Report on vaccination in Madras 1895-1903 - 1895-1903
Year: 1895
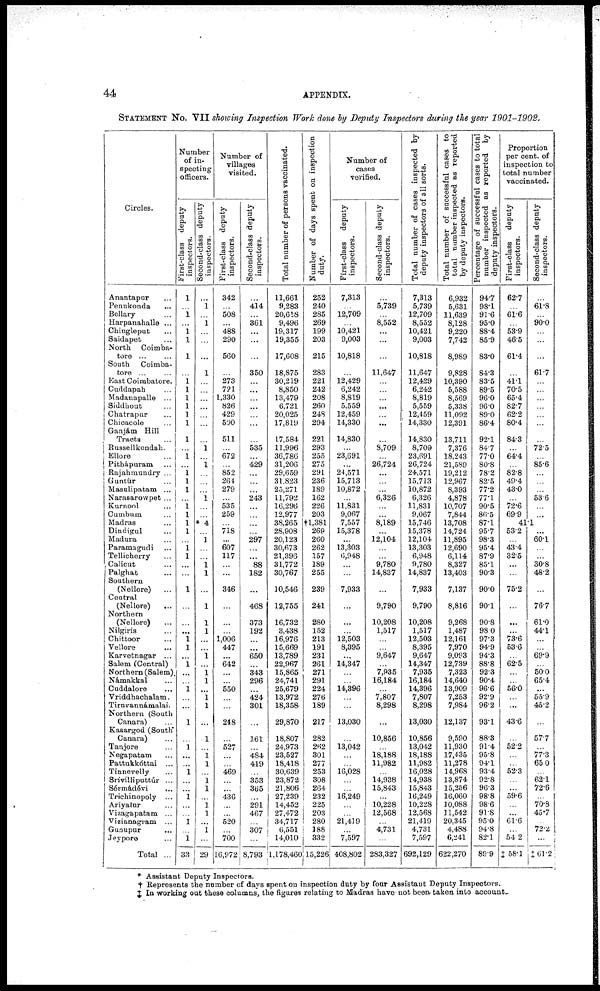
44
APPENDIX.
STATEMENT No. VII showing Inspection Work done by Deputy Inspectors during the year 1901-1902.
Circles.
Anantapur ...
Penukonda ...
Bellary ...
Harpanahalle ...
Chingleput ...
Saidapet ...
North Coimba¬
tore ... ...
South Coimba¬
tore ...
East Coimbatore.
Cuddapah ...
Madanapalle ...
Siddhout ...
Chatrapur ...
Chicacole ...
Ganjám Hill
Tracts ...
Russellkondah.
Ellore ...
Pithápuram ...
Rajahmundry ...
Guntúr ...
Masulipatam ...
Narasarowpet ...
Kurnool ...
Cumbum ...
Madras ...
Dindigul ...
Madura ...
Paramagudi ...
Tellicherry ...
Calicut ...
Palghat ...
Southern
(Nellore)
...
Central
(Nellore)
...
Northern
(Nellore) ...
Nilgiris ...
Chittoor ...
Vellore ...
Karvetnagar ...
Salem (Central)
Northern (Salem).
Námakkal ...
Cuddalore ...
Vriddhachalam.
Tiruvannámalai.
Northern (South
Canara) ...
Kasargod (South
Canara) ...
Tanjore ...
Negapatam ...
Pattukkóttai ...
Tinnevelly ...
Srívilliputtúr ...
Sérmádévi ...
Trichinopoly ...
Ariyalur ...
Vizagapatam ...
Vizianagram ...
Gunupur ...
Jeypore ...
Total ...
Number
of in-
specting
officers.
First-class deputy
inspectors.
1
...
1
...
1
1
1
...
1
1
1
1
1
1
1
...
1
...
1
1
1
...
1
1
1
1
...
1
1
...
...
1
...
...
...
1
1
...
1
...
...
1
...
...
1
...
1
...
...
1
...
...
1
...
...
1
...
1
33
Second-class deputy
inspectors.
...
1
...
1
...
...
...
1
...
...
...
...
...
...
...
1
...
1
...
...
...
1
...
...
* 4
...
1
...
...
1 1
...
1
1
1
...
...
1
...
1 1
...
1
1
...
1
...
1
1
...
1
1
...
1
1
...
1
...
29
Number of
villages
visited.
First-class deputy
inspectors.
342
...
508
...
488
290
560
...
273
721
1,330
826
429
500
511
...
672
...
852
264
279
...
535
259
...
718
...
607
117
...
...
346
...
...
...
1,006
447
...
642
...
...
550
...
...
248
...
527
...
...
469
...
...
436
...
...
520
...
700
16,972
Second-class deputy
inspectors.
...
414
...
361
...
...
...
350
...
...
...
...
...
...
...
535
...
429
...
...
...
243
...
...
...
...
297
...
...
88
182
...
468
373
192
...
...
650
...
343
296
...
424
301
...
161
...
484
419
...
353
365
...
291
467
...
307
...
8,793
Total number of persons vaccinated.
11,661
9,283
20,618
9,496
19,317
19,355
17,608
18,875
30,219
8,850
13,479
6,721
20,025
17,819
17,584
11,996
36,786
31,206
29,659
31,823
25,271
11,792
16,296
12,977
38,265
28,908
20,123
30,673
21,396
31,772
30,767
10,546
12,755
16,732
3,438
16,976
15,669
13,789
22,967
15,865
24,741
25,679
13,972
18,358
29,870
18,807
24,973
23,527
18,418
30,639
23,872
21,806
27,239
14,452
27,472
34,717
6,551
14,010
1,178,460
Number of days spent on inspection
duty.
252
240
285
269
199
203
215
283
221
242
208
260
248
294
221
293
255
275
291
236
189
162
226
203
†1,381
269
260
262
157
189
255
239
241
280
152
213
191
231
261
271
291
224
276
189
217
282
262
301
277
253
308
264
232
225
203
280
188
332
15,226
Number of
cases
verified.
First-class deputy
inspectors.
7,313
...
12,709
...
10,421
9,003
10,818
...
12,429
6,242
8,819
5,559
12,459
14,330
14,830
...
23,691
...
24,571
15,713
10,872
...
11,831
9,067
7,557
15,378
...
13,303
6,948
...
...
7,933
...
...
...
12,503
8,395
...
14,347
...
...
14,396
...
...
13,030
...
13,042
...
...
16,028
...
...
16,249
...
...
21,419
...
7,597
408,802
Second-class deputy
inspectors.
...
5,739
...
8,552
...
...
...
11,647
...
...
...
...
...
...
...
8,709
...
26,724
...
...
...
6,326
...
...
8,189
...
12,104
...
...
9,780
14,837
...
9,790
10,208
1,517
...
...
9,647
...
7,935
16,184
...
7,807
8,298
...
10,856
...
18,188
11,982
...
14,938
15,843
...
10,228
12,568
...
4,731
...
283,327
Total number of cases inspected by
deputy inspectors of all sorts.
7,313
5,739
12,709
8,552
10,421
9,003
10,818
11,647
12,429
6,242
8,819
5,559
12,459
14,330
14,830
8,709
23,691
26,724
24,571
15,713
10,872
6,326
11,831
9,067
15,746
15,378
12,104
13,303
6,948
9,780
14,837
7,933
9,790
10,208
1,517
12,503
8,395
9,647
14,347
7,935
16,184
14,396
7,807
8,298
13,030
10,856
13,042
18,188
11,982
16,028
14,938
15,843
16,249
10,228
12,568
21,419
4,731
7,597
692,129
Total number of successful cases to
total number inspected as reported
by deputy inspectors.
6,932
5,631
11,639
8,128
9,220
7,742
8,989
9,828
10,390
5,588
8,569
5,338
11,092
12,391
13,711
7,376
18,243
21,589
19,212
12,967
8,393
4,878
10,707
7,844
13,708
14,724
11,895
12,690
6,114
8,327
13,403
7,137
8,816
9,268
1,487
12,161
7,970
9,093
12,739
7,323
14,640
13,909
7,253
7,984
12,137
9,590
11,930
17,435
11,278
14,968
13,874
15,256
16,060
10,088
11,542
20,345
4,488
6,241
622,270
Percentage of successful cases to total
number inspected as reported by
deputy inspectors.
94.7
98.1
91.6
95.0
88.4
85.9
83.0
84.3
83.5
89.5
96.0
96.0
89.0
86.4
92.1
84.7
77.0
80.8
78.2
82.5
77.2
77.1
90.5
86.5
87.1
95.7
98.3
95.4
87.9
85.1
90.3
90.0
90.1
90.8
98.0
97.3
94.9
94.3
88.8
92.3
90.4
96.6
92.9
96.2
93.1
88.3
91.4
95.8
94.1
93.4
92.8
96.3
98.8
98.6
91.8
95.0
94.8
82.1
89.9
Proportion
per cent. of
inspection to
total number
vaccinated.
First-class deputy
inspectors.
62.7
...
61.6
...
53.9
46.5
61.4
...
41.1
70.5
65.4
82.7
62.2
80.4
84.3
...
64.4
...
82.8
49.4
43.0
...
72.6
69.9
Second-class deputy
inspectors.
...
61.8
...
90.0
...
...
...
61.7
...
...
...
...
...
...
...
72.5
...
85.6
...
...
...
53.6
...
...
41.1
53.2
...
43.4
32.5
...
...
75.2
...
...
...
73.6
53.6
...
62.5
...
...
56.0
...
...
43.6
...
52.2
...
...
52.3
...
...
59.6
...
...
61.6
...
54.2
‡58.1
...
60.1
...
...
30.8
48.2
...
76.7
61.0
44.1
...
...
69.9
...
50.0
65.4
...
55.9
45.2
...
57.7
...
77.3
65.0
...
62.1
72.6
...
70.8
45.7
...
72.2
...
‡ 61.2
* Assistant Deputy Inspectors.
† Represents the number of days spent on inspection duty by four Assistant Deputy Inspectors.
‡ In working out these columns, the figures relating to Madras have not been taken into account.